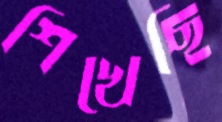
শিখেছি